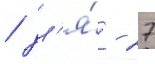
/ дл'я́ - 27